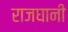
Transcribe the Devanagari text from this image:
राजघानी